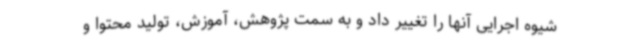
شیوه اجرایی آنها را تغییر داد و به سمت پژوهش، آموزش، تولید محتوا و